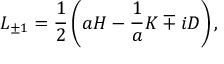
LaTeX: L _ { \pm 1 } = { \frac { 1 } { 2 } } \left( a { \cal H } - { \frac { 1 } { a } } { \cal K } \mp i { \cal D } \right) ,